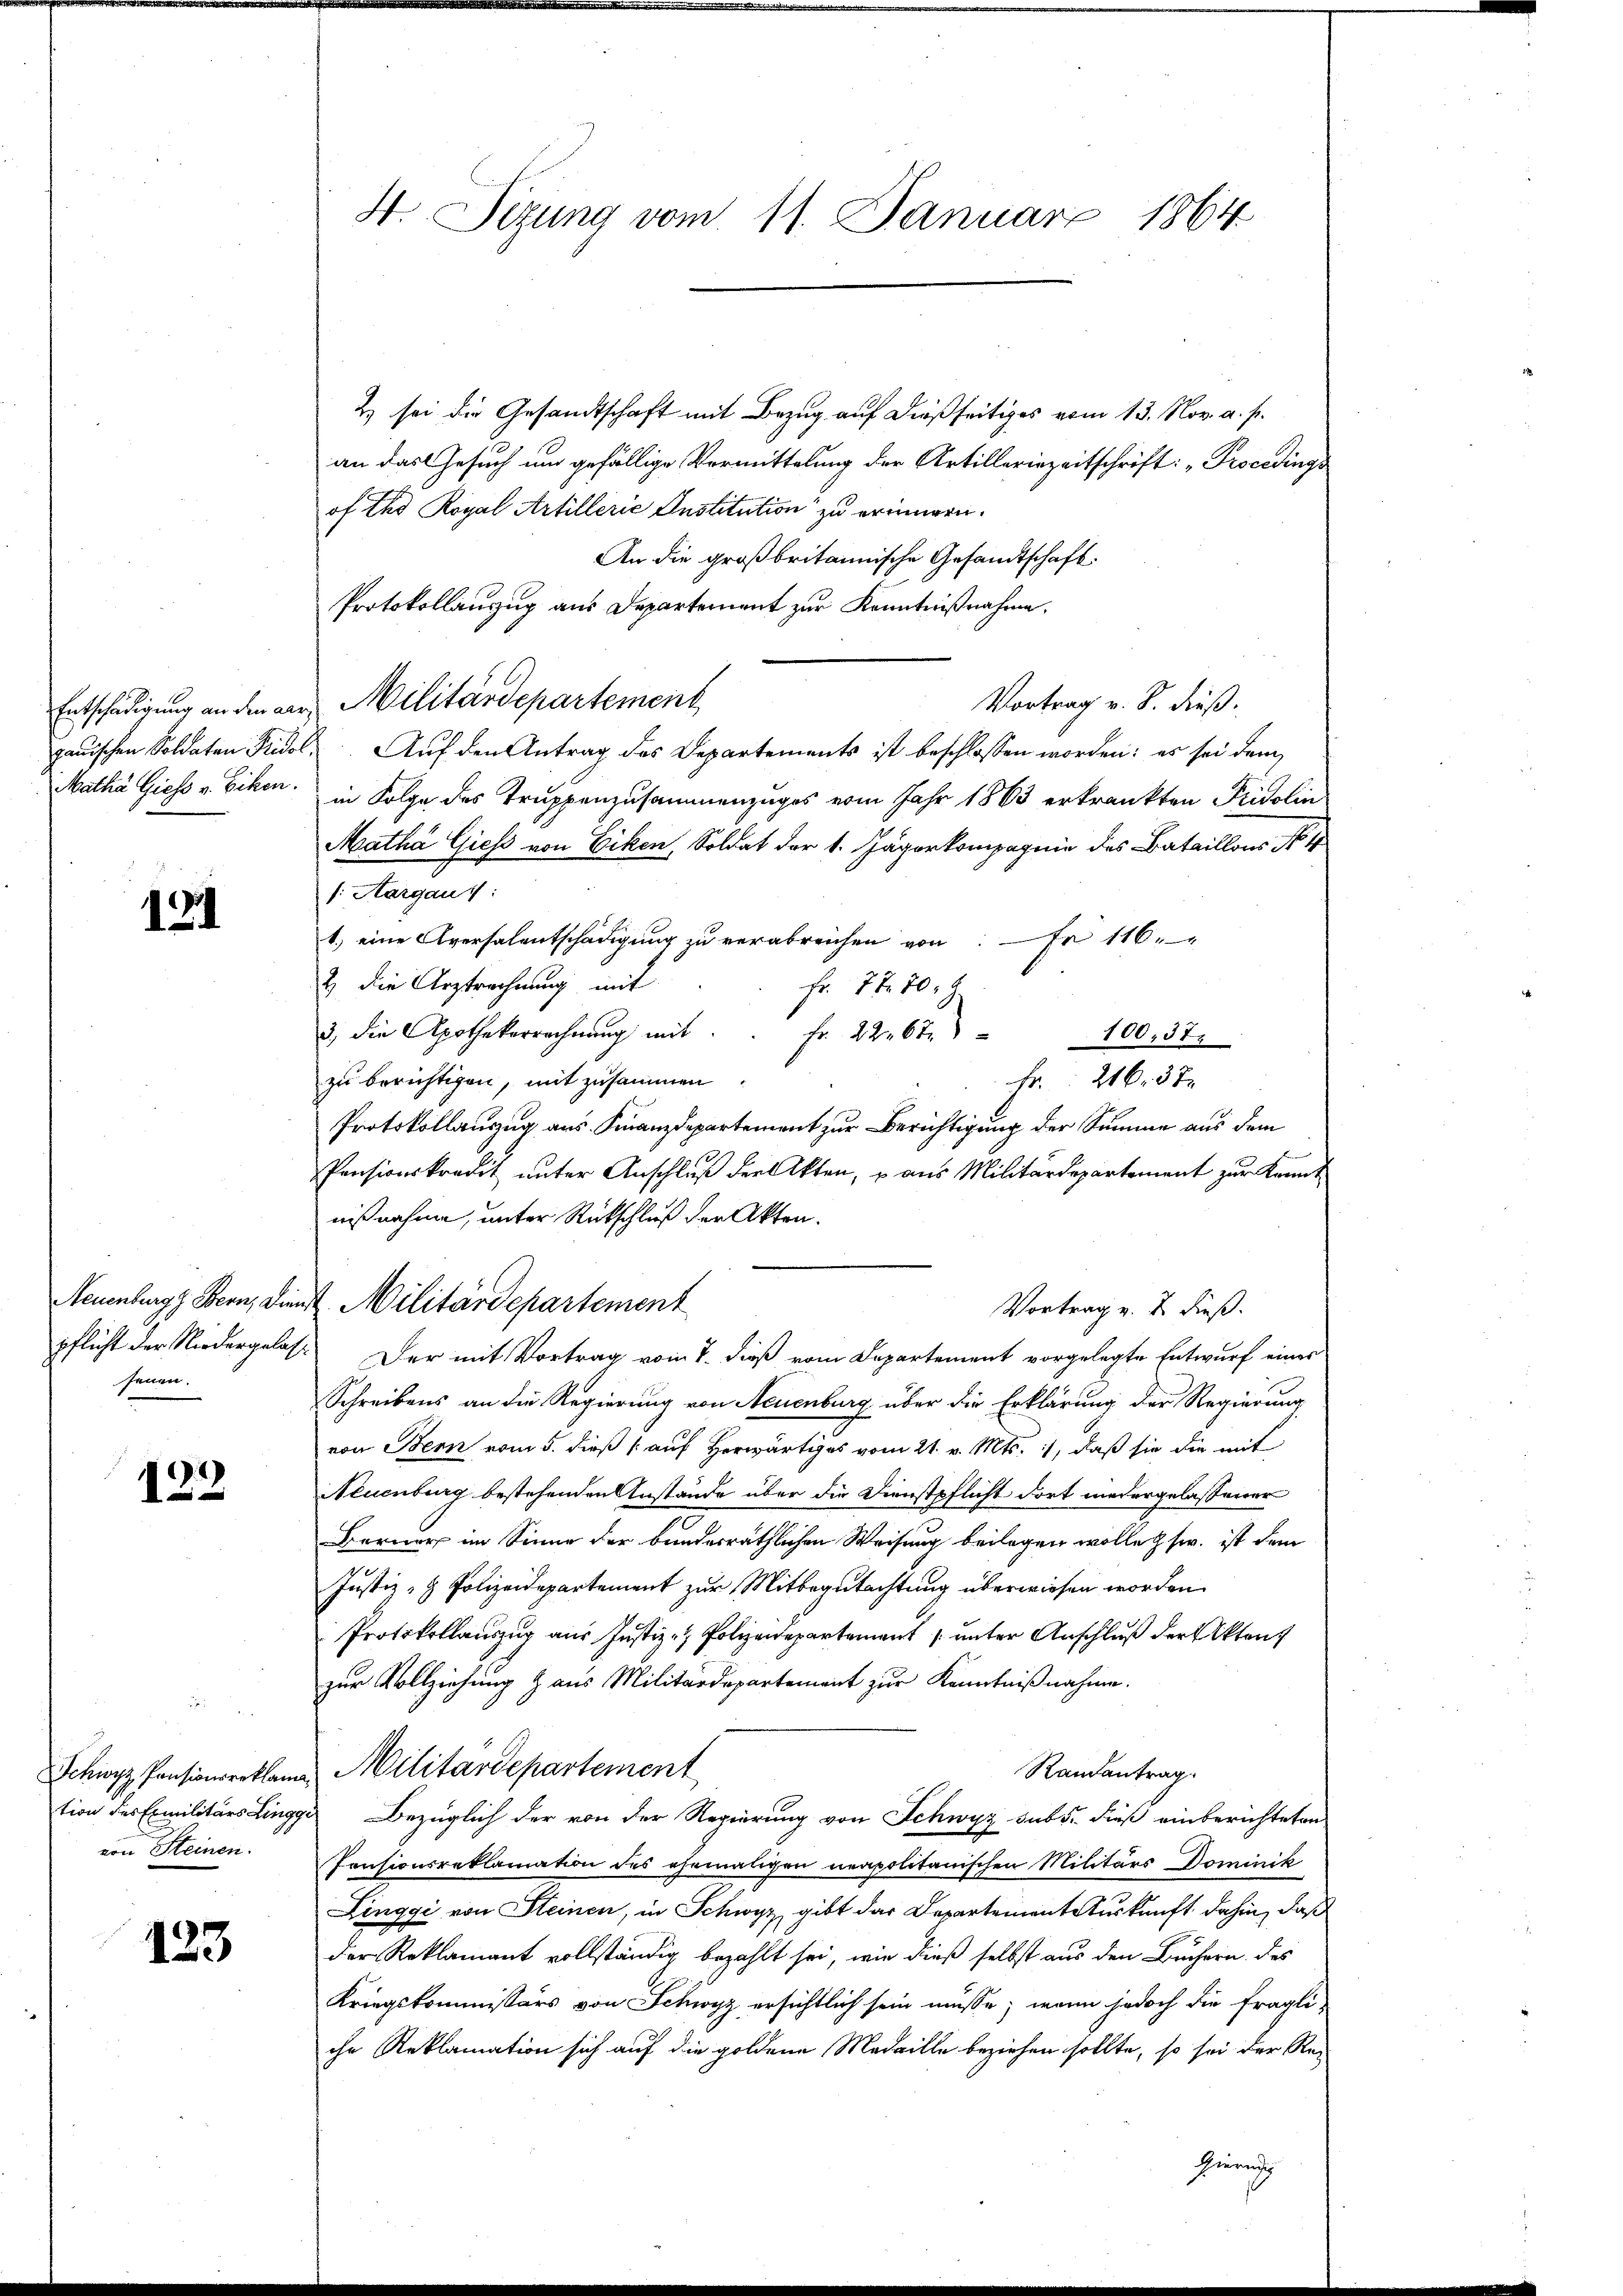
Matha Giess v. Ecken.

121

fenen.

122.

tion des Exmilitärs Ling
von Steinen.

133

H Sizung vom 11. Januar 1864

2) sei die Gesandtschaft mit Bezug auf dießseitiges vom 13. Nov. a. p.
an das Gesuch und gefällige Vormittelung der Artilleriezeitschrift: "Procedings
of tho Royal Artillerie Institution zu erinnern.
An die großbritannische Gesandtschaft.
Protokollanzug aus Departement zur Kenntnißnahme,
Vortrag v. B. dieß.
Entschädigung an den der Militärdepartement
gauischen Soldaten Fridol. Auf den Antrag des Departements ist beschlossen worden: es sei dem
in Folge des Truppenzusammenzuges vom Jahr 1863 erkränkten Fridolin
Matha Giess von Eiken, Soldat der 1. Jägerkompagnie des Bataillons No 4
s. Aargau 1:
1.) eine Aversalentschädigung zu verabreichen von Fr. 116.
2 die Arztrechnung mit
Fr. 77. 70.
3, die Apothekerrechnŭng mit . . fr. 2267. 100. 37.
zu berichtigen, mit zusammen
Fr. 216. 37
Protokollauszug aus Finanzdepartement zur Berichtigung der Summe aus dem
Pensionskredit unter Anschluß der Akten, u aus Militärdepartement zur Kennt
nißnahme, unter Rückschluß der Akten.
Neuenburg, Bern, die Militärdepartement
Vortrag v. 2. dieß.
pflicht der Niedergelast Der mit Vortrag vom 7. dieß vom Departement vorgelegte Entwurf eines
Schreibens an die Regierung von Neuenburg über die Erklärung der Regierung
von Bern vom 5. dieß auf Herwärtiges vom 21. v. Mts. 1, daß sie die mit
Neuenburg bestehenden Anstände über die Dienstpflicht dort niedergelassener
Berner im Sinne der bundesräthlichen Weisung beilagen wolle & sw. ist dem
Justiz- & Polizeidepartement zur Mitbegutachtung überwiesen worden.
Protokollauszug aus Justiz - Polizeidepartement /: unter Anschluß der Akten
zur Vollziehung aus Militärdepartement zur Kenntnißnahme.
Randantrag.
Schwyz, Pensionserklame Militärdepartement
 Bezüglich der von der Regierung von Schwyz sub 5. dieß einberichteten
Pensionsreklamation des ehemaligen neapolitanischen Militärs Dominik
Zinggi von Steinen, in Schwyz, gibt das Departement Auskunft dahin, daß
der Reklamant vollständig bezahlt sei, wie dieß selbst aus den Büchern des
Kriegskommissärs von Schwyz ersichtlich sein müsse; wenn jedoch die fragli-
che Reklamation sich auf die goldene Medaille beziehen sollte, so sei der Re-
Hinrich